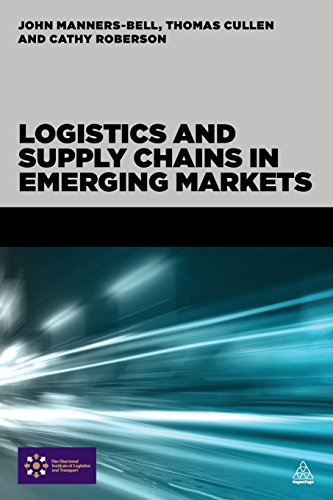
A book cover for Logistics and Supply Chains in Emerging Markets; John Manners-Bell; Business & Money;